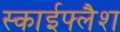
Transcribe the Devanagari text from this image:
स्काईफ्लैश